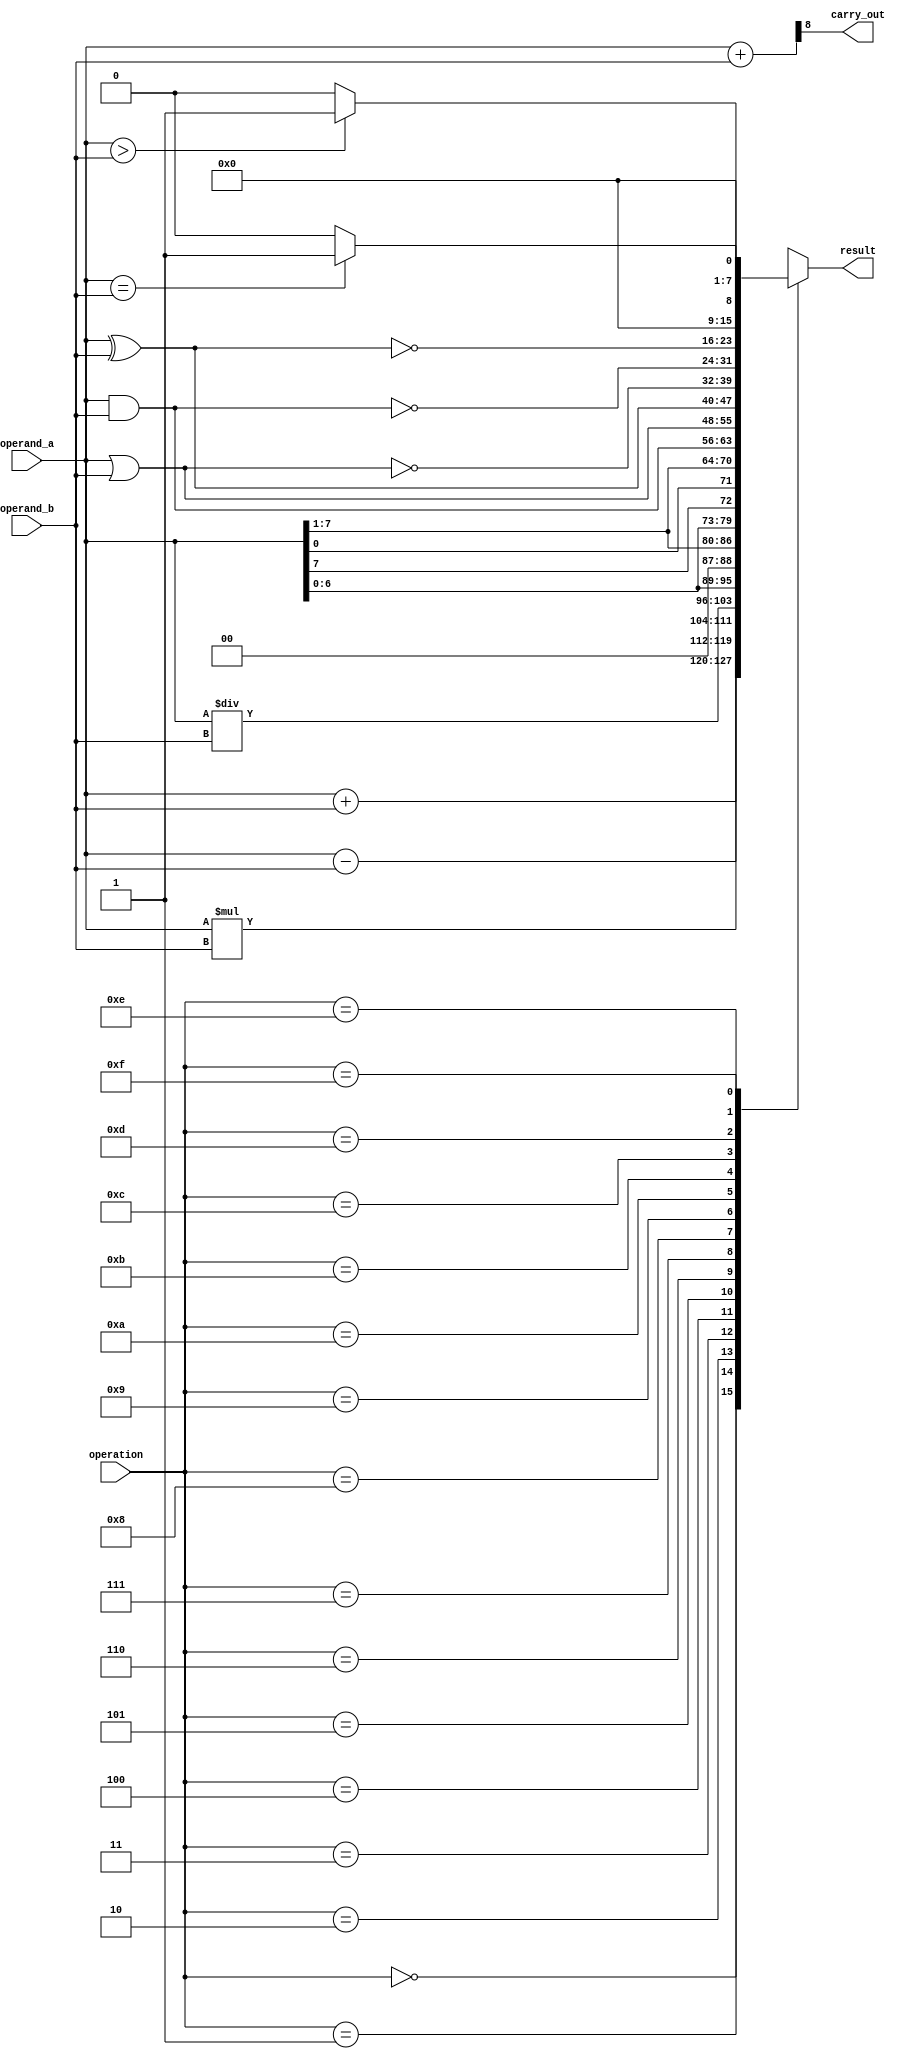
`timescale 1ns / 1ps
//////////////////////////////////////////////////////////////////////////////////
// Company: 
// Engineer: 
// 
// Design Name: 
// Module Name: alu
// Project Name: 
// Target Devices: 
// Tool Versions: 
// Description: 
// 
// Dependencies: 
// 
// Revision:
// Revision 0.01 - File Created
// Additional Comments:
// 
//////////////////////////////////////////////////////////////////////////////////


module alu(
output [7:0] result,
    output carry_out,
    input [7:0] operand_a,
    input [7:0] operand_b,
    input [3:0] operation
);
    reg [7:0] ALU_Result;
    wire [8:0] extended_result;
    assign result = ALU_Result;    
    assign extended_result = {1'b0, operand_a} + {1'b0, operand_b};
    assign carry_out = extended_result[8];  

    always @(*)
    begin
        case (operation)
         // Arithmetic operations
         4'b0000: ALU_Result = operand_a + operand_b;                 // Addition
         4'b0001: ALU_Result = operand_a - operand_b;                 // Subtraction
         4'b0010: ALU_Result = operand_a * operand_b;                 // Multiplication
         4'b0011: ALU_Result = operand_a / operand_b;                 // Division
         // Bitwise operations
         4'b0100: ALU_Result = operand_a << 1;                        // Logical shift left
         4'b0101: ALU_Result = operand_a >> 1;                        // Logical shift right
         4'b0110: ALU_Result = {operand_a[6:0], operand_a[7]};        // Rotate left
         4'b0111: ALU_Result = {operand_a[0], operand_a[7:1]};        // Rotate right
         // Logical operations
         4'b1000: ALU_Result = operand_a & operand_b;                  // Logical AND
         4'b1001: ALU_Result = operand_a | operand_b;                  // Logical OR
         4'b1010: ALU_Result = operand_a ^ operand_b;                  // Logical XOR
         4'b1011: ALU_Result = ~(operand_a | operand_b);               // Logical NOR
         4'b1100: ALU_Result = ~(operand_a & operand_b);               // Logical NAND
         4'b1101: ALU_Result = ~(operand_a ^ operand_b);               // Logical XNOR
         // Comparison operations
         4'b1110: ALU_Result = (operand_a > operand_b) ? 8'd1 : 8'd0;    // Greater comparison
         4'b1111: ALU_Result = (operand_a == operand_b) ? 8'd1 : 8'd0;   // Equal comparison
         default: ALU_Result = operand_a + operand_b;                    // Addition (default case)
        endcase
    end

endmodule